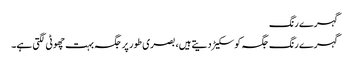
گہرے رنگ
گہرے رنگ جگہ کو سکیڑ دیتے ہیں، بصری طور پر جگہ بہت چھوٹی لگتی ہے۔